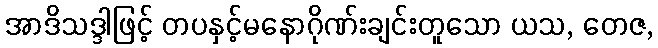
အာဒိသဒ္ဒါဖြင့် တပနှင့်မနောဂိုဏ်းချင်းတူသော ယသ, တေဇ,